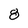
Character: 8